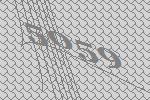
5059